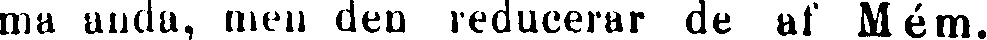
ma anda, men den reducerar de af Mém.